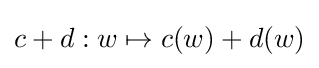
c+d:w\mapsto c(w)+d(w)